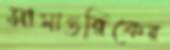
সামান্তরিকের